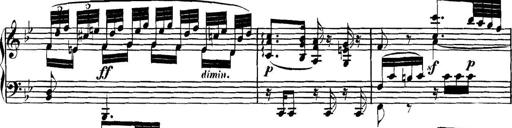
Title: Collected Piano Sonatas
Composer: Muzio Clementi